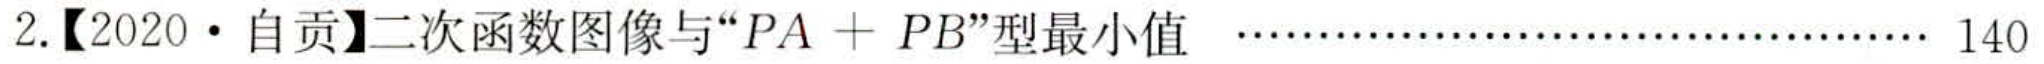
2.【2020·自贡】二次函数图像与“\(PA + PB\)”型最小值 ...................................... 140